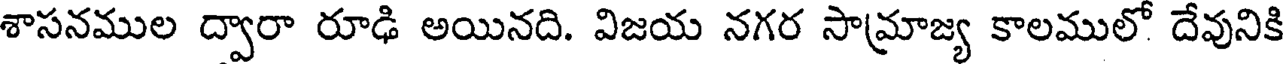
శాసనముల ద్వారా రూఢి అయినది. విజయ నగర సామ్రాజ్య కాలములో దేవునికి